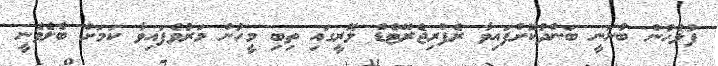
ފުލުހުން ބުނަނީ ބަންދުކޮށްފައިވާ ރެފްރިޖެރޭޓެޑް ލޮރީގައި ތިބި މީހުން މަރުވެފައިވާ ކަމަށް ބެލެވެނީ